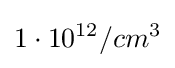
1\cdot 10^{12}/cm^{3}